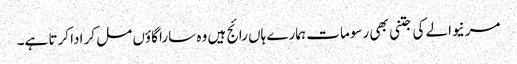
مرنیوالے کی جتنی بھی رسوما ت ہمارے ہاں رائج ہیں وہ سارا گاؤں مل کر ادا کرتا ہے۔